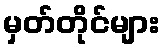
မှတ်တိုင်များ